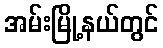
အမ်းမြို့နယ်တွင်